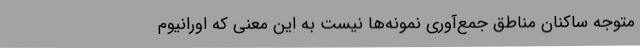
متوجه ساکنان مناطق جمع‌آوری نمونه‌ها نیست به این معنی که اورانیوم